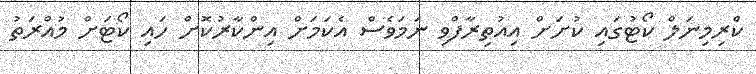
ކްރިމިނަލް ކޯޓުގައި ކުށަށް އިއުތިރާފްވި ނަމަވެސް އެކަމަށް އިންކާރުކޮށް ހައި ކޯޓަށް މުއްރަތު